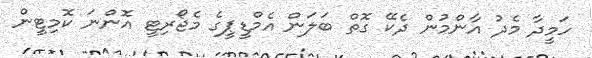
ހަމީދާ މެދު އާންމުން ދެކޭ ގޮތް ބަލަން އެމްޑީޕީގެ މެޖޯރިޓީ އޮންނަ ކޮމިޓީން